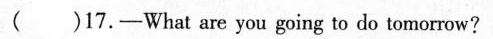
( )17.-What are you going to do tomorrow?